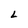
Character: L